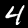
Label: 4